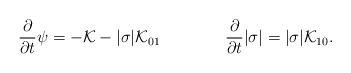
LaTeX: \begin{align*}\frac{\partial}{\partial t}\psi=-{\cal K}-|\sigma|{\cal K}_{01}\qquad\qquad\frac{\partial}{\partial t}|\sigma|=|\sigma|{\cal K}_{10}.\end{align*}